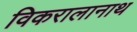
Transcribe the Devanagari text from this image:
विकरालानाथ